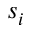
s _ { i }